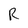
Character: R